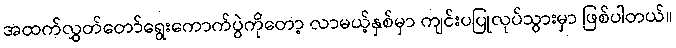
အထက်လွှတ်တော်ရွေးကောက်ပွဲကိုတော့ လာမယ့်နှစ်မှာ ကျင်းပပြုလုပ်သွားမှာ ဖြစ်ပါတယ်။